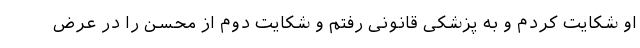
او شکایت کردم و به پزشکی قانونی رفتم و شکایت دوم از محسن را در عرض